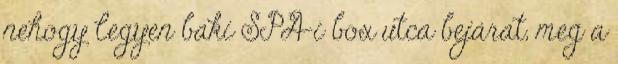
nehogy legyen baki SPA-i box utca bejárat, meg a